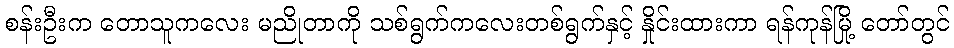
စန်းဦးက တောသူကလေး မညိုတာကို သစ်ရွက်ကလေးတစ်ရွက်နှင့် နှိုင်းထားကာ ရန်ကုန်မြို့ တော်တွင်